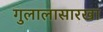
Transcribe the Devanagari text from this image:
गुलालासारखा